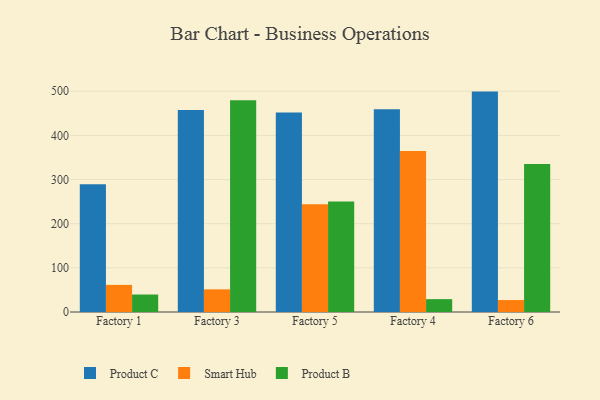
{"axis": {"x": "Factory", "y": "Production Output"}, "legend": ["Product B", "Product C", "Smart Hub"], "data": [{"x": "Factory 1", "y": 289.1, "type": "Product C"}, {"x": "Factory 1", "y": 61.4, "type": "Smart Hub"}, {"x": "Factory 1", "y": 39.6, "type": "Product B"}, {"x": "Factory 3", "y": 457.8, "type": "Product C"}, {"x": "Factory 3", "y": 51.3, "type": "Smart Hub"}, {"x": "Factory 3", "y": 479.6, "type": "Product B"}, {"x": "Factory 5", "y": 451.8, "type": "Product C"}, {"x": "Factory 5", "y": 244.0, "type": "Smart Hub"}, {"x": "Factory 5", "y": 250.1, "type": "Product B"}, {"x": "Factory 4", "y": 459.2, "type": "Product C"}, {"x": "Factory 4", "y": 364.8, "type": "Smart Hub"}, {"x": "Factory 4", "y": 29.1, "type": "Product B"}, {"x": "Factory 6", "y": 499.2, "type": "Product C"}, {"x": "Factory 6", "y": 27.1, "type": "Smart Hub"}, {"x": "Factory 6", "y": 335.3, "type": "Product B"}]}